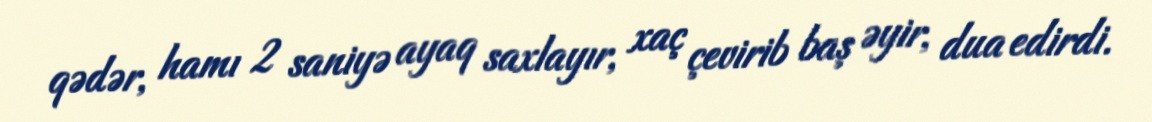
qədər, hamı 2 saniyə ayaq saxlayır, xaç çevirib baş əyir, dua edirdi.